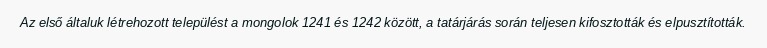
Az első általuk létrehozott települést a mongolok 1241 és 1242 között, a tatárjárás során teljesen kifosztották és elpusztították.